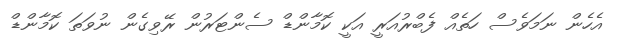
އެހެން ނަމަވެސް ހަތެއް ފެބްރުއަރީ އަކީ ކޮމާންޑް ސެންޓަރުން ރޭވިގެން ނުވަތަ ކޮމާންޑް